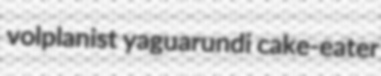
volplanist yaguarundi cake-eater